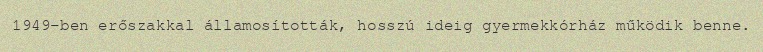
1949-ben erőszakkal államosították, hosszú ideig gyermekkórház működik benne.